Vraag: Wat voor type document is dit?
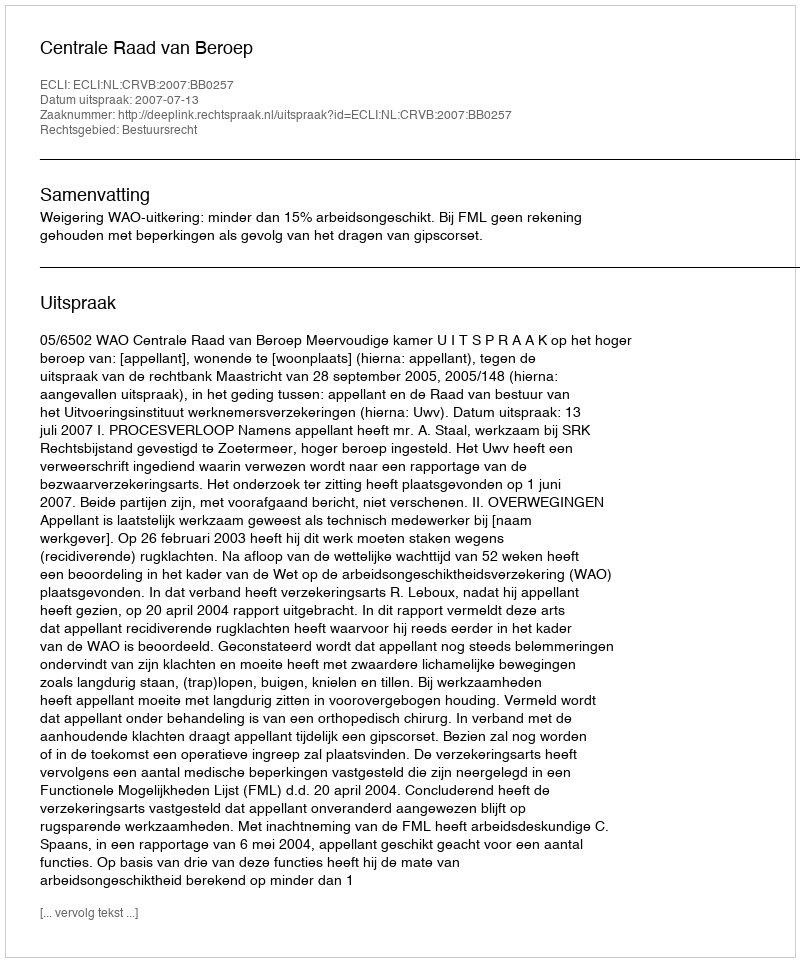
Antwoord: Uitspraak